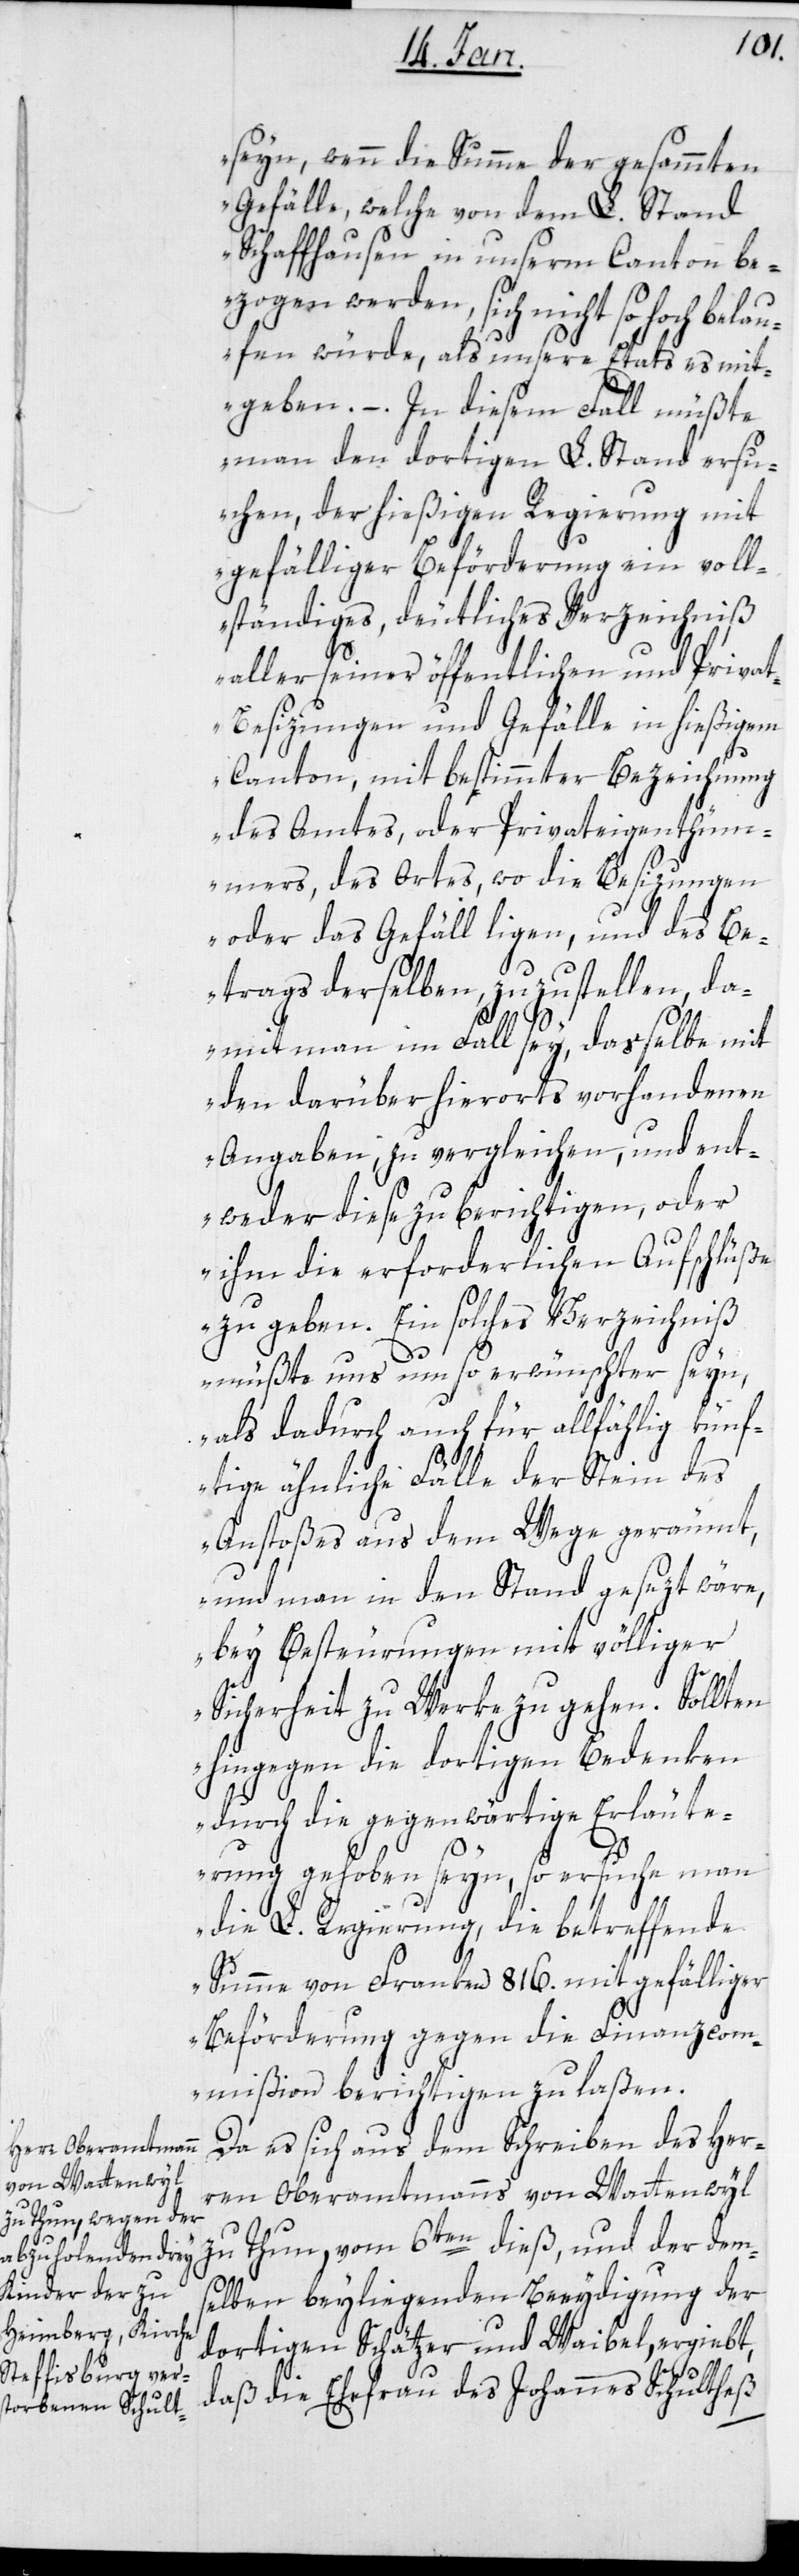
seyn, wenn die Summe der gesammten
Gefälle, welche von dem L. Stand
Schaffhausen in unserm Canton be¬
zogen werden, sich nicht so hoch bela¬
ufen würde, als unsere Etats es mit¬
geben. – In diesem Fall müßte
man den dortigen L. Stand ersu¬
chen, der hießigen Regierung mit
gefälliger Beförderung ein voll¬
ständiges, deutliches Verzeichniß
aller seiner öffentlichen und Priva¬
t-Besizungen und Gefälle in hießigem
Canton, mit bestimmter Bezeichnung
des Amtes oder Privateigenthüm¬
mers, des Ortes, wo die Besizungen
oder das Gefälle ligen, und des Be¬
trags derselben zuzustellen, da¬
mit man im Fall sey, dasselbe mit
den darüber hierorts vorhandenen
Angaben zu vergleichen, und ent¬
weder diese zu berichtigen, oder
ihm die erforderlichen Aufschlüße
zu geben. Ein solches Verzeichniß
müßte uns umso erwünschter seyn,
als dadurch auch für allfählig künf¬
tige ähnliche Fälle der Stein des
Anstoßes aus dem Wege geräumt,
und man in den Stand gesezt wäre,
bey Besteurungen mit völliger
Sicherheit zu Werke zu gehen. Sollten
hingegen die dortigen Bedenken
durch die gegenwärtige Erläute¬
rung gehoben seyn, so ersuche man
die L. Regierung, die betreffende
Summe von Franken 816. mit gefälliger
Beförderung gegen die Finanzcom¬
mißion berichtigen zu laßen[“].
Da es sich aus dem Schreiben des Her¬
ren Oberamtmanns von Wattenwyl
zu Thun, vom 6ten dieß, und der dem¬
selben beyliegenden Beeydigung der
dortigen Schätzer und Waibel, ergiebt,
daß die Ehefrau des Johannes Schultheß